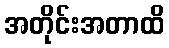
အတိုင်းအတာထိ